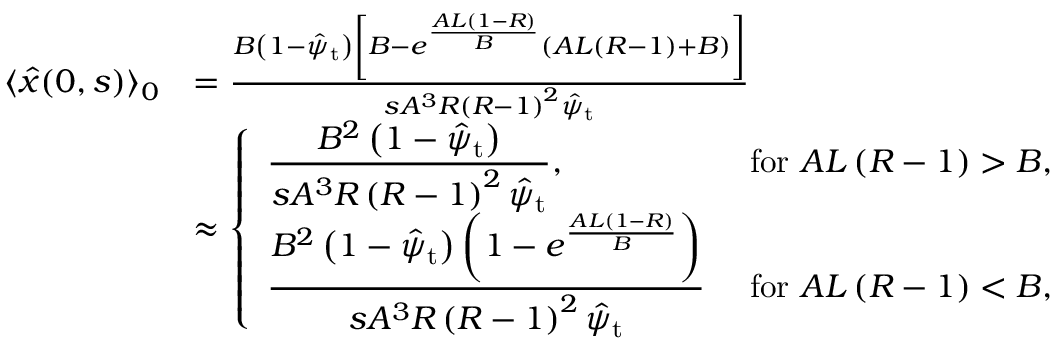
\begin{array} { r l } { \langle \hat { x } ( 0 , s ) \rangle _ { 0 } } & { = \frac { B \left( 1 - \hat { \psi } _ { \mathrm { t } } \right) \left[ B - e ^ { \frac { A L ( 1 - R ) } { B } } \left( A L \left( R - 1 \right) + B \right) \right] } { s A ^ { 3 } R \left( R - 1 \right) ^ { 2 } \hat { \psi } _ { \mathrm { t } } } } \\ & { \approx \left\{ \begin{array} { l l } { \displaystyle \frac { B ^ { 2 } \left( 1 - \hat { \psi } _ { \mathrm { t } } \right) } { s A ^ { 3 } R \left( R - 1 \right) ^ { 2 } \hat { \psi } _ { \mathrm { t } } } , } & { \mathrm { ~ f o r ~ } A L \left( R - 1 \right) > B , } \\ { \displaystyle \frac { B ^ { 2 } \left( 1 - \hat { \psi } _ { \mathrm { t } } \right) \left( 1 - e ^ { \frac { A L ( 1 - R ) } { B } } \right) } { s A ^ { 3 } R \left( R - 1 \right) ^ { 2 } \hat { \psi } _ { \mathrm { t } } } } & { \mathrm { ~ f o r ~ } A L \left( R - 1 \right) < B , } \end{array} \right. } \end{array}